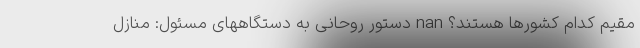
مقیم کدام کشورها هستند؟ nan دستور روحانی به دستگاههای مسئول: منازل